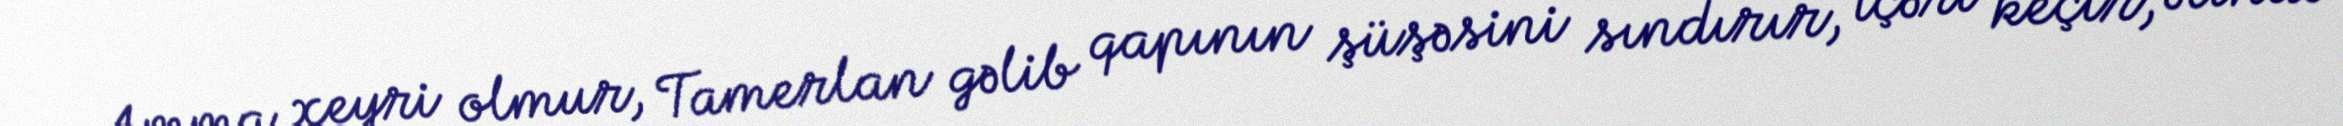
Amma xeyri olmur, Tamerlan gəlib qapının şüşəsini sındırır, içəri keçir, əlində